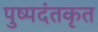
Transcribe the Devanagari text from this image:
पुष्पदंतकृत